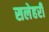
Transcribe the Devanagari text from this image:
सलेहरी